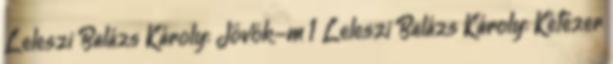
Leleszi Balázs Károly: Jövök-m 1 Leleszi Balázs Károly: Kétezer